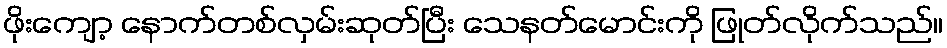
ဖိုးကျော့ နောက်တစ်လှမ်းဆုတ်ပြီး သေနတ်မောင်းကို ဖြုတ်လိုက်သည်။